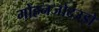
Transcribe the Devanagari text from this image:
मोहनजोदउड़ो